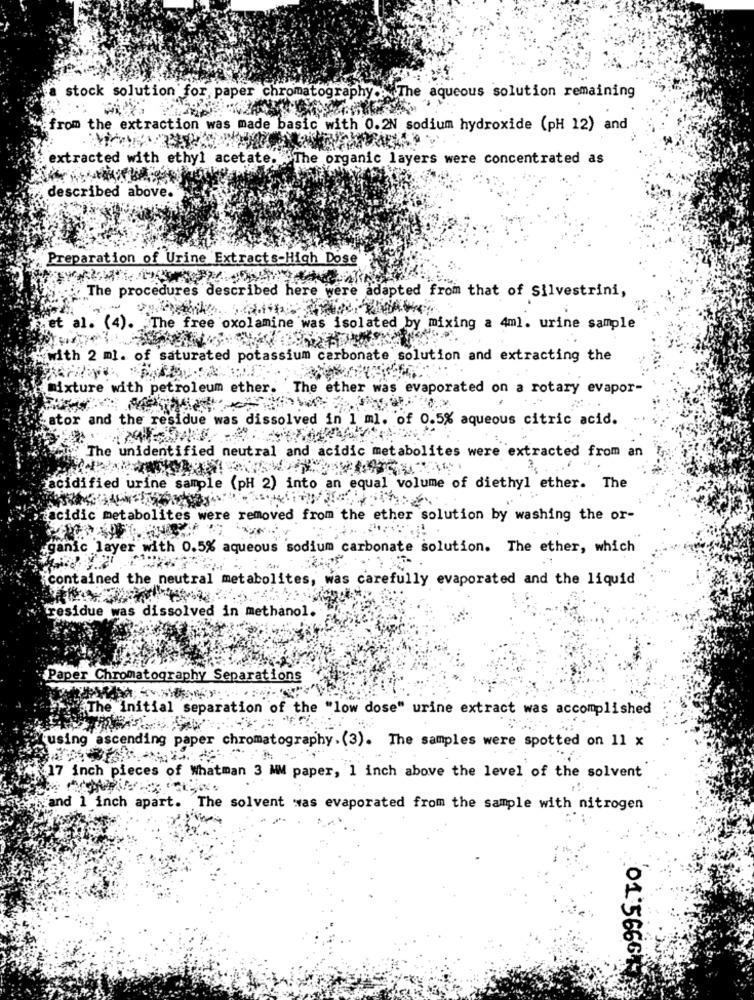
stock solution for paper chromatography .. The aqueous solution remaining
from the extraction was made basic with 0.2N sodium hydroxide (pH 12) and
extracted with ethyl acetate. The organic layers were concentrated as
described above.
Preparation of Urine Extracts-High Dose
The procedures described here were adapted from that of Silvestrini,
et al. (4). The free oxolamine was isolated by mixing a 4ml. urine sample
with 2 ml. of saturated potassium carbonate solution and extracting the
mixture with petroleum ether. The ether was evaporated on a rotary evapor-
ator and the residue was dissolved in 1 ml. of 0.5% aqueous citric acid.
The unidentified neutral and acidic metabolites were extracted from an
acidified urine sample (pH 2) into an equal volume of diethyl ether. The
acidic metabolites were removed from the ether solution by washing the or-
ganic layer with 0.5% aqueous sodium carbonate solution. The ether, which
contained the neutr
tes, was carefully evaporated and the liquid
residue was dissolved in methanol.
Paper Chromatography Separations
"The initial separation of the "low dose" urine extract was accomplished
using ascending paper chromatography.(3). The samples were spotted on 11 x
17 inch pieces of Whatman 3 MM paper, 1 inch above the level of the solvent
and 1 inch apart. The solvent was evaporated from the sample with nitrogen
01:56664